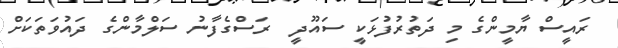
ރައީސް ޔާމީންގެ މި ދަތުރުފުޅަކީ ސައޫދީ  ރަސްގެފާނު ސަލްމާންގެ ދައުވަތަކަށް